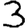
Digit: 3